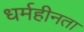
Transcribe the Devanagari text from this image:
धर्महीनता